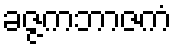
ခဇ္ဇကဘာဇကံ